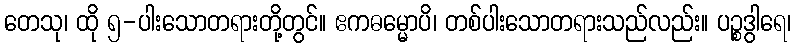
တေသု၊ ထို ၅-ပါးသောတရားတို့တွင်။ ဧကဓမ္မောပိ၊ တစ်ပါးသောတရားသည်လည်း။ ပဉ္စဒွါရေ၊